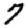
Digit: 7